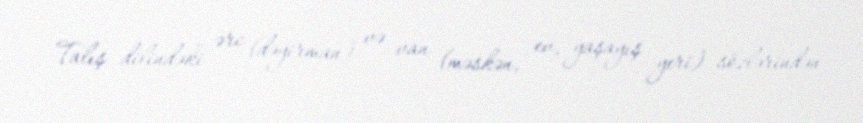
Talış dilindəki ərc (dəyirman) və van (məskən, ev, yaşayış yeri) sözlərindən